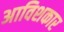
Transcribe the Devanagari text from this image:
अाविशकार